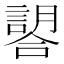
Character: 𧫈